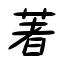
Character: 著